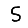
Digit: 5